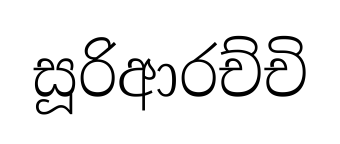
සූරිආරච්චි